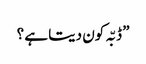
” ڈبّہ کون دیتا ہے ؟